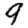
Digit: 9